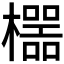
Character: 𱤯